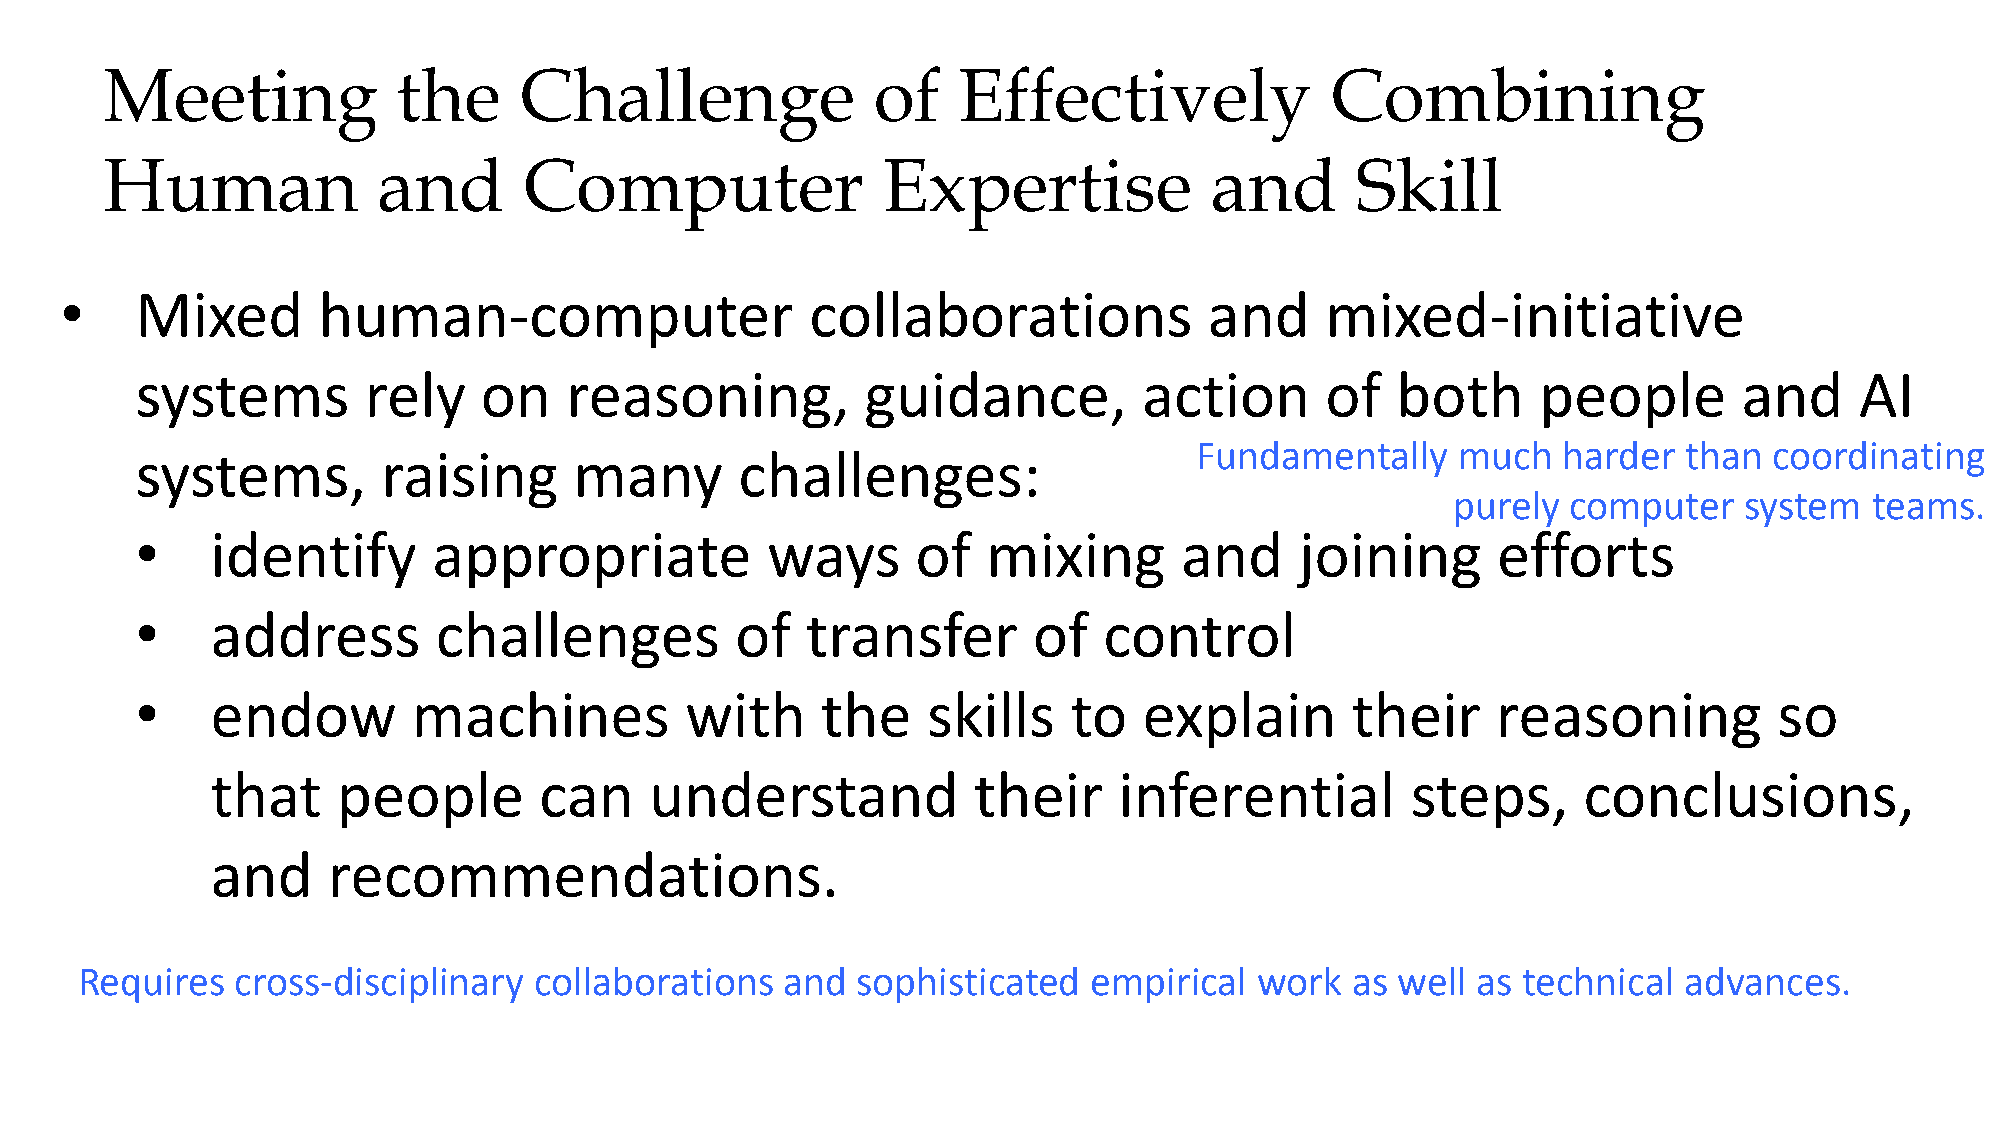
Meeting            the     Challenge               of   Effectively              Combining
 Human             and       Computer               Expertise             and       Skill
 •    Mixed       human-computer                   collaborations            and     mixed-initiative
 systems        rely    on   reasoning,          guidance,          action      of  both      people       and     AI
 Fundamentally    much   harder   than coordinating
 systems,        raising      many       challenges:
 purely  computer   system   teams.
 •    identify       appropriate           ways      of  mixing       and     joining      efforts
 •    address        challenges          of  transfer       of   control
 •    endow        machines          with     the    skills    to   explain      their     reasoning          so
 that    people        can    understand           their     inferential        steps,      conclusions,
 and     recommendations.
 Requires   cross-disciplinary collaborations   and  sophisticated  empirical  work  as well  as technical advances.